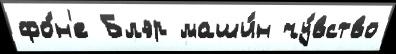
фо́н'е Блэр маши́н чу́вство